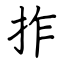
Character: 拃